Leningradi_Edasi_toimetus, lk 146
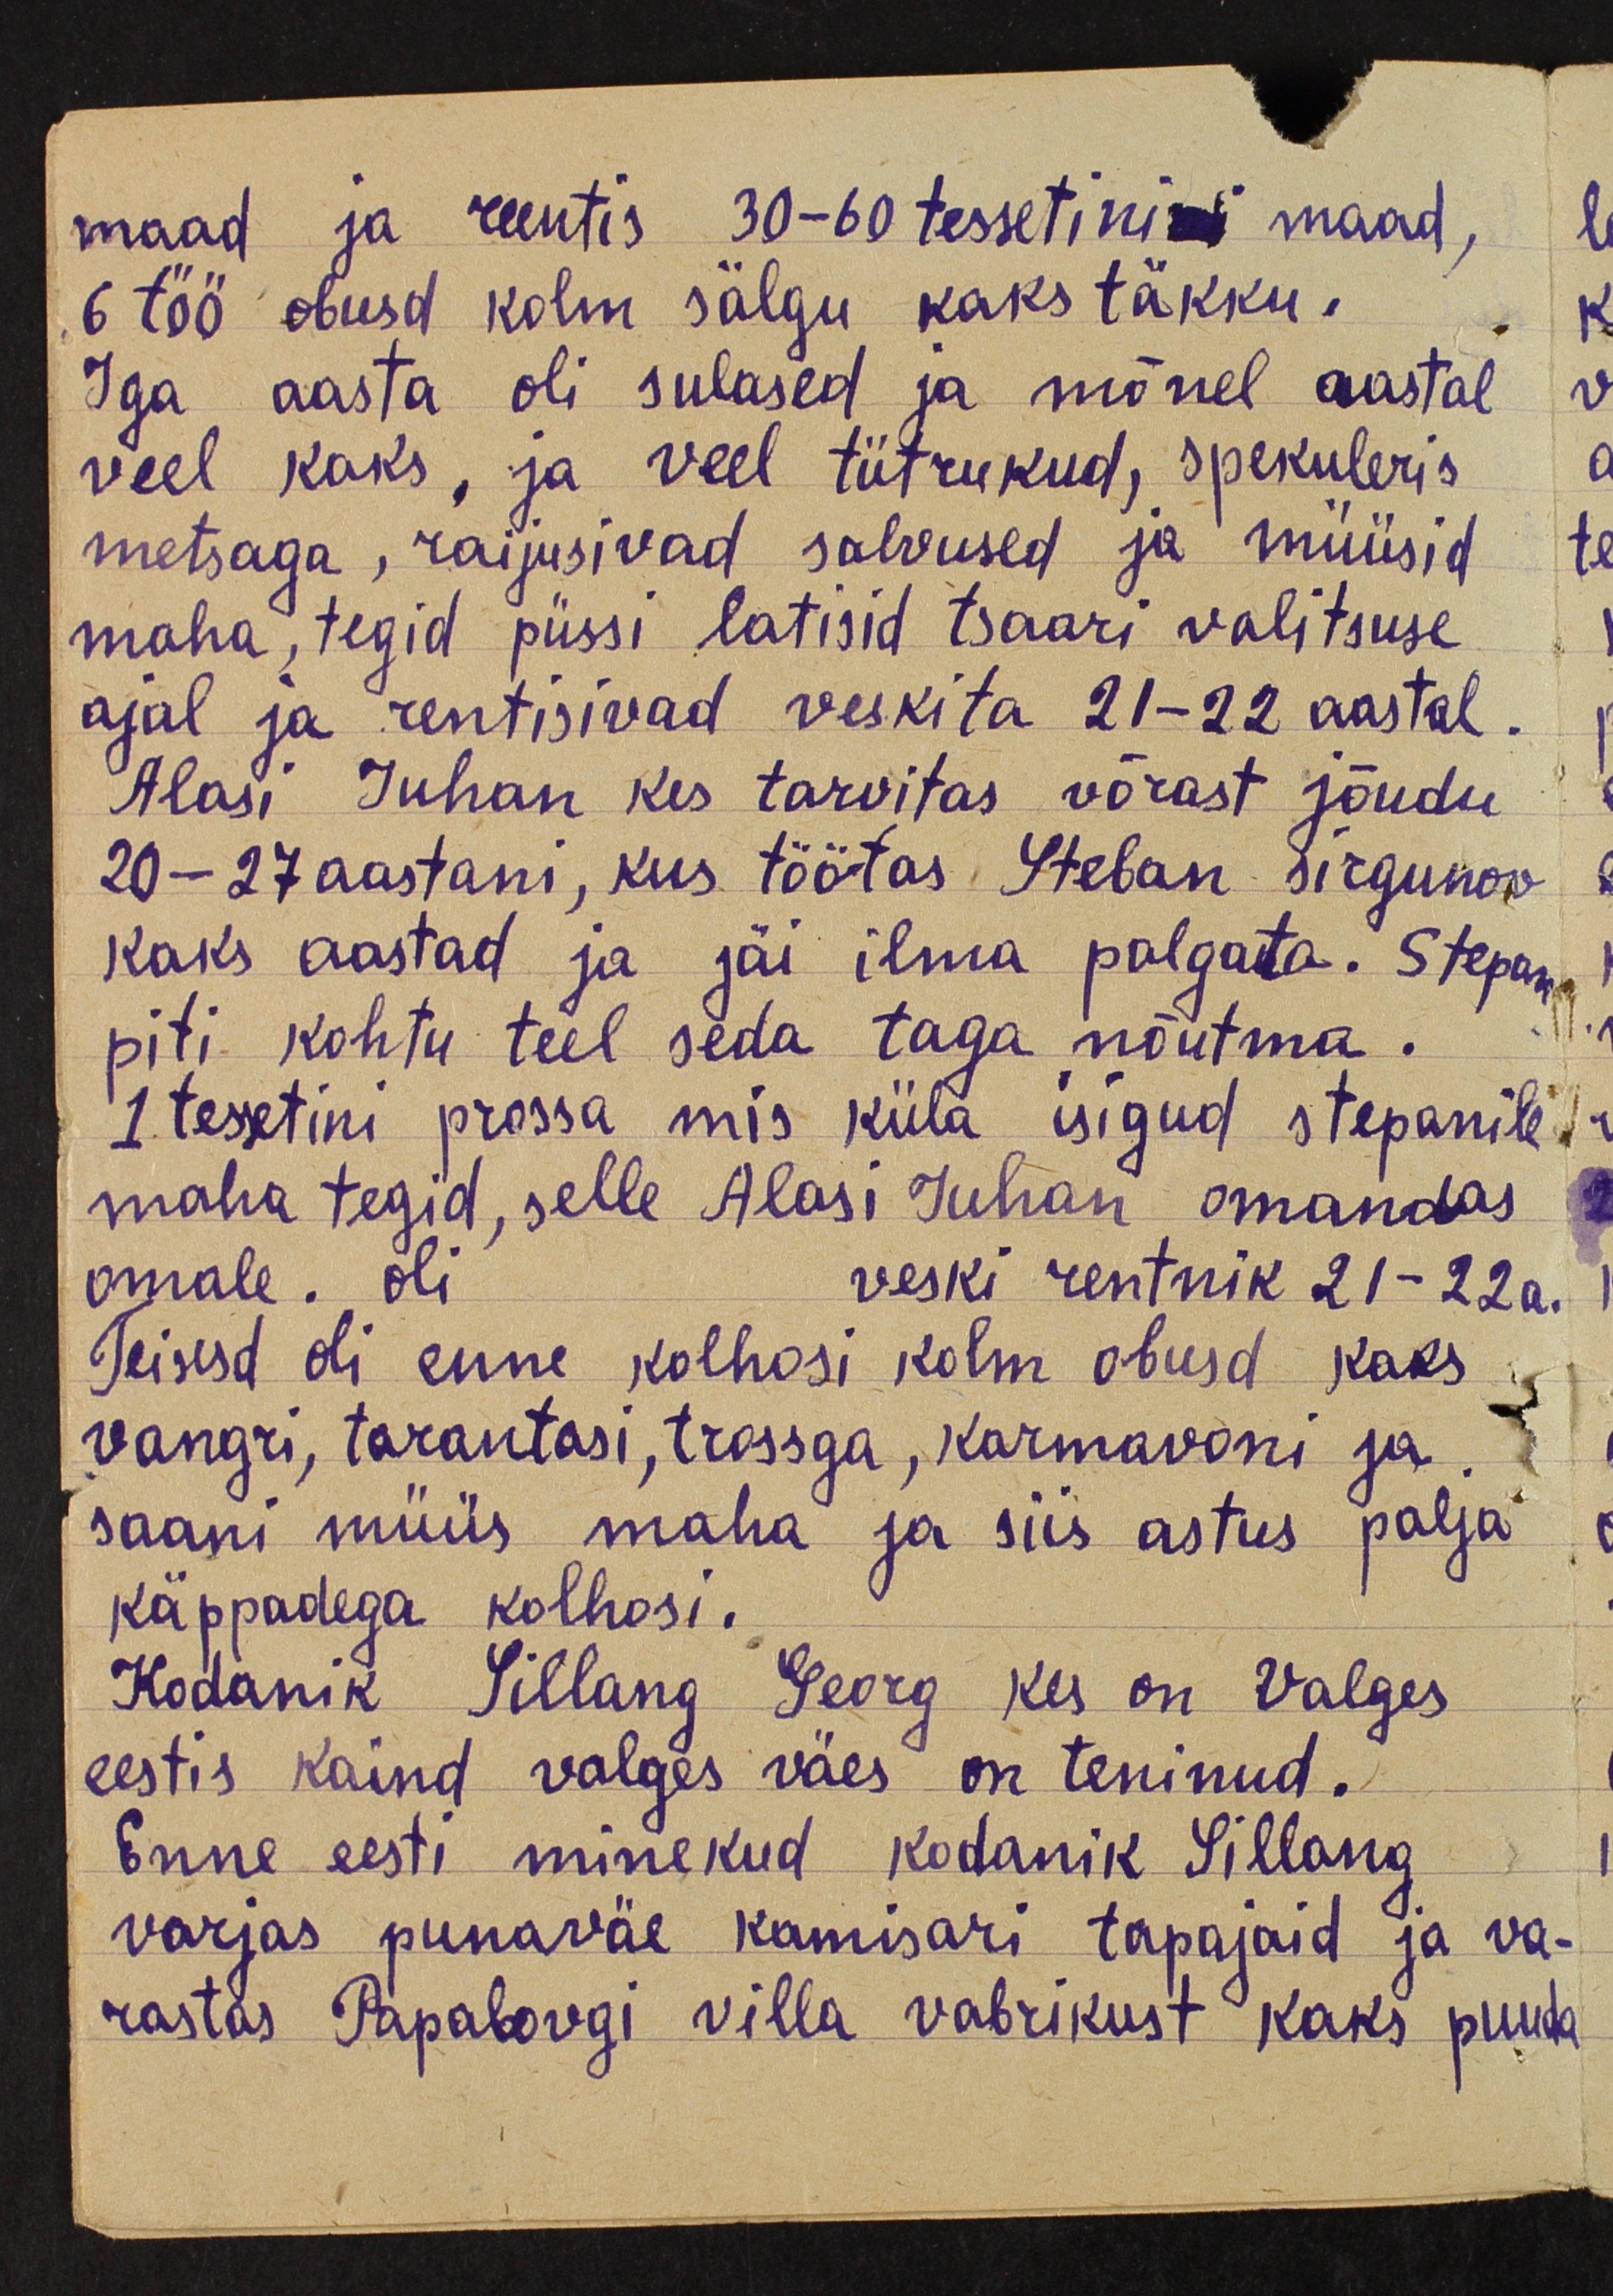
maad ja reentis 30-60 tessetinini maad,
6 töö obusd kolm sälgu kaks täkku.
Iga aasta oli sulased ja mõnel aastal
veel kaks, ja veel tütrukud, spekuleris
metsaga, raijusivad salvused ja müüsid
maha, tegid püssi latisid tsaari valitsuse
ajal ja rentisivad veskita 21-22 aastal.
Alasi juhan kes tarvitas võrast jõudu
20-27 aastani, kus töötas Steban Sirgunov
kaks aastad ja jäi ilma palgata. Stepan
piti kohtu teel seda taga nõutma.
1 tessetini prossa mis küla isigud stepanile
maha tegid, selle Alasi Juhan omandas
omale. oli veski rentnik 21-22a.
Teisesd oli enne kolhosi kolm obusd kaks
vangri, tarantasi, trossga, karmavoni ja
saani müüs maha ja siis astus palja
käppadega kolhoosi.
Kodanik Sillang Georg kes on Valges
eestis kaind valges väes on teninud.
Enne eesti minekud kodanik Sillang
varjas punaväe kamisari tapajaid ja va-
rastas Papabovgi villa vabrikust kaks puuda